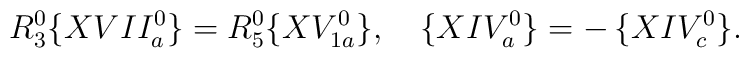
R_3^0\{XVII_a^0\}  =  R_5^0 \{XV_{1a}^0\} , \quad  \{XIV_a^0 \} = - \,\{XIV_c^0 \} .